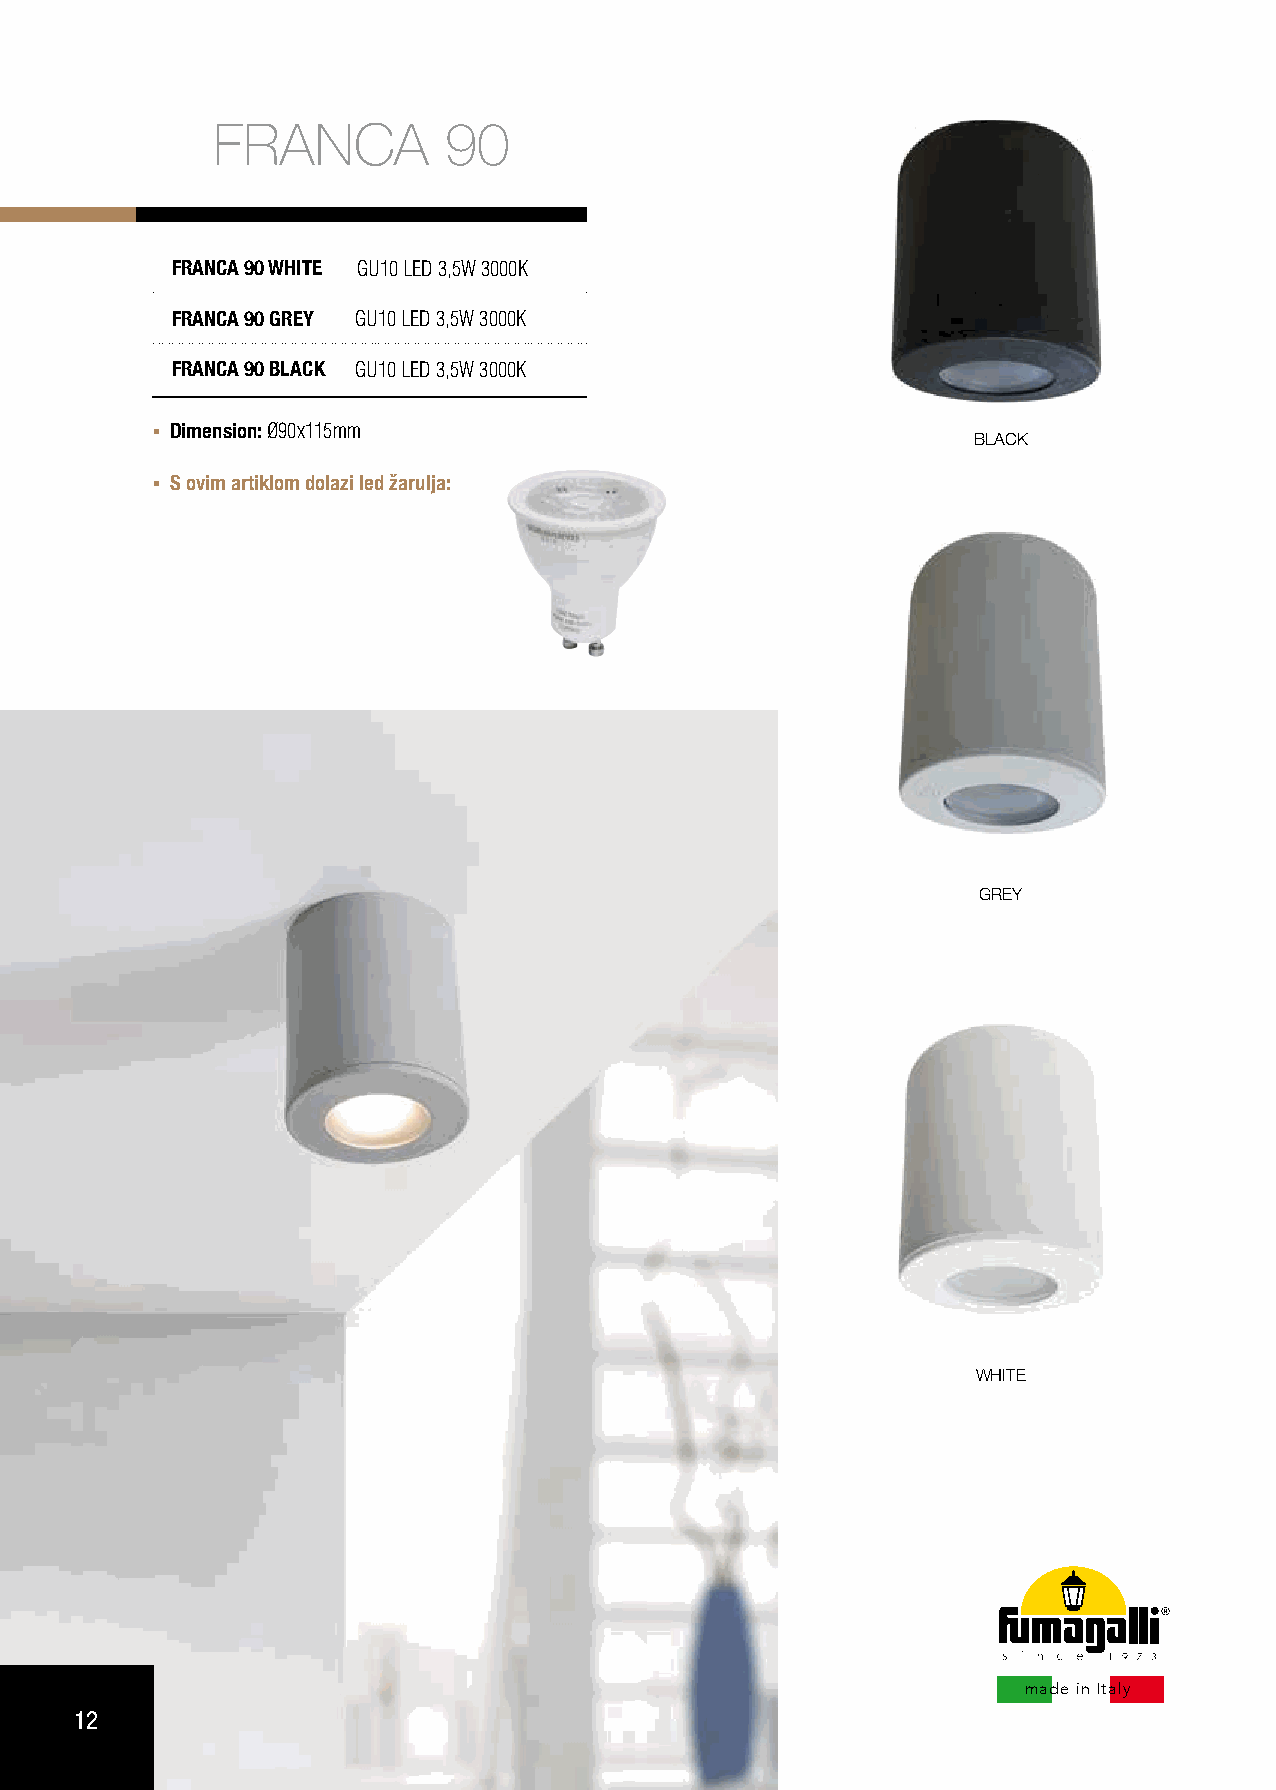
FRANCA         90
 FRANCA 90 WHITE GU10 LED 3,5W 3000K
 FRANCA 90 GREY GU10 LED 3,5W 3000K
 FRANCA 90 BLACK GU10 LED 3,5W 3000K
 Dimension: Ø90x115mm
 BLACK
 S ovim artiklom dolazi led žarulja:
 GREY
 WHITE
 made in Italy
 12